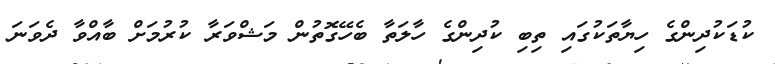
ކުޑަކުދިންގެ ހިޔާތަކުގައި ތިބި ކުދިންގެ ހާލަތާ ބެހޭގޮތުން މަޝްވަރާ ކުރުމަށް ބާއްވާ ދެވަނަ